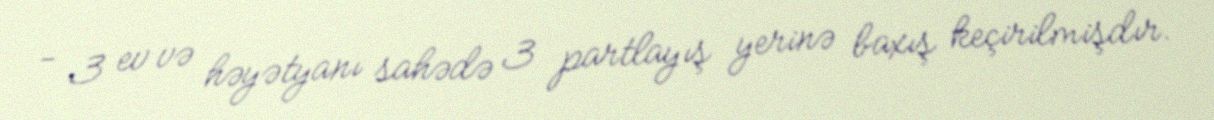
- 3 ev və həyətyanı sahədə 3 partlayış yerinə baxış keçirilmişdır.